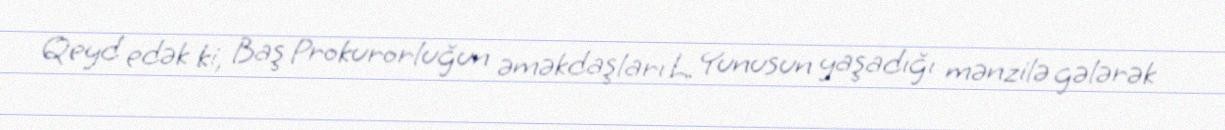
Qeyd edək ki, Baş Prokurorluğun əməkdaşları L. Yunusun yaşadığı mənzilə gələrək